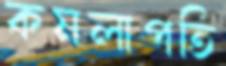
কমলাপতি